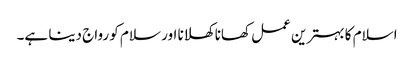
اسلام کا بہترین عمل کھانا کھلانا اور سلام کو رواج دینا ہے۔